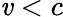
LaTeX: \mathit{v}<c